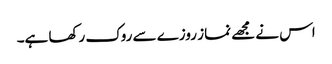
اس نے مجھے نماز روزے سے روک رکھا ہے۔